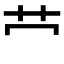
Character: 𫇦